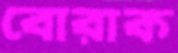
বোরাক